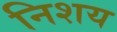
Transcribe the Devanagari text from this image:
निशय